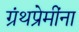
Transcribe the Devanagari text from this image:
ग्रंथप्रेमींना